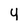
Character: y